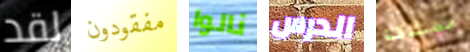
لقد مفقودون نالوا الدرس مشتاقة